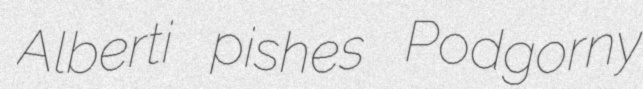
Alberti pishes Podgorny